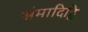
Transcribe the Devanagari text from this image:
संमादिट्ठि